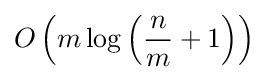
O\left(m\log \left({n \over m}+1\right)\right)